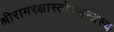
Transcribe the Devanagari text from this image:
श्रीरामरक्षास्तोत्रमन्त्रस्य